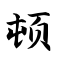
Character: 顿